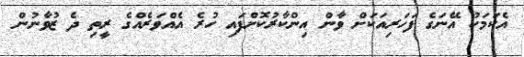
އެކަމަކު އޭނަގެ ފަހަރިއަކަށް ވާން އިންކާރުކޮށްފައި ހުރެ އެއްވަރެއްގެ ރީތި ދެ ޒުވާނުން